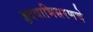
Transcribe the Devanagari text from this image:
हृदयाभिसरणचे